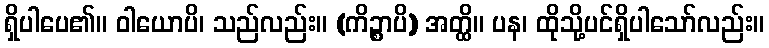
ရှိပါပေ၏။ ဝါယောပိ၊ သည်လည်း။ (ကိဉ္စာပိ) အတ္ထိ။ ပန၊ ထိုသို့ပင်ရှိပါသော်လည်း။